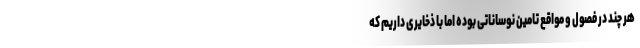
هر چند در فصول و مواقع تامین نوساناتی بوده اما با ذخایری داریم که